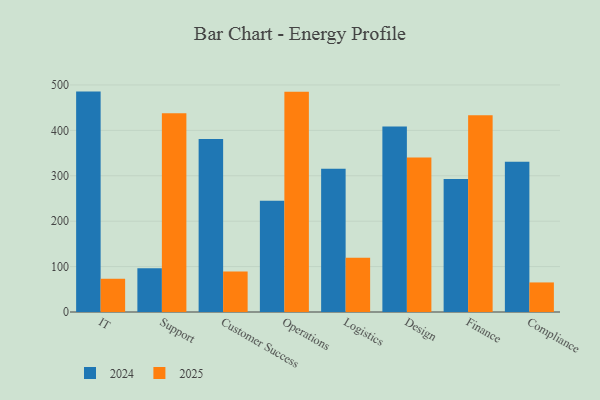
{"axis": {"x": "Department", "y": "Budget (USD K)"}, "legend": ["2024", "2025"], "data": [{"x": "IT", "y": 485.4, "type": "2024"}, {"x": "IT", "y": 73.2, "type": "2025"}, {"x": "Support", "y": 96.4, "type": "2024"}, {"x": "Support", "y": 437.7, "type": "2025"}, {"x": "Customer Success", "y": 380.9, "type": "2024"}, {"x": "Customer Success", "y": 89.3, "type": "2025"}, {"x": "Operations", "y": 245.0, "type": "2024"}, {"x": "Operations", "y": 485.1, "type": "2025"}, {"x": "Logistics", "y": 315.3, "type": "2024"}, {"x": "Logistics", "y": 119.5, "type": "2025"}, {"x": "Design", "y": 408.7, "type": "2024"}, {"x": "Design", "y": 340.0, "type": "2025"}, {"x": "Finance", "y": 293.1, "type": "2024"}, {"x": "Finance", "y": 433.5, "type": "2025"}, {"x": "Compliance", "y": 330.9, "type": "2024"}, {"x": "Compliance", "y": 65.1, "type": "2025"}]}